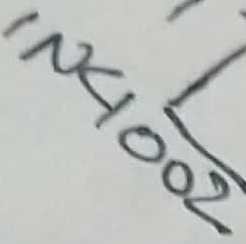
Text: IN4002